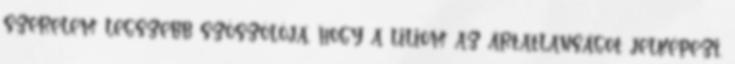
szerelem legszebb szószólója, hogy a liliom az ártatlanságot jelképezi,